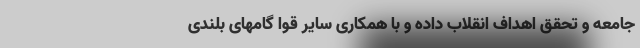
جامعه و تحقق اهداف انقلاب داده و با همکاری سایر قوا گامهای بلندی